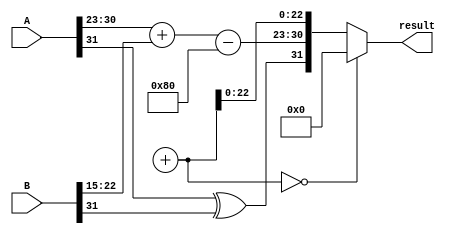
module FP_Wallace_Tree_Multiplier #(
    parameter EXPONENT_BITS = 8,
    parameter MANTISSA_BITS = 23,
    parameter TOTAL_BITS = 32
)(
    input [TOTAL_BITS-1:0] A, // First floating-point input
    input [TOTAL_BITS-1:0] B, // Second floating-point input
    output reg [TOTAL_BITS-1:0] result // Resulting floating-point output
);

    // Sign, exponent, and mantissa extraction
    wire sign_a = A[TOTAL_BITS-1];
    wire sign_b = B[TOTAL_BITS-1];

    wire [EXPONENT_BITS-1:0] exponent_a = A[TOTAL_BITS-2:TOTAL_BITS-1-EXPONENT_BITS];
    wire [EXPONENT_BITS-1:0] exponent_b = B[TOTAL_BITS-2-EXPONENT_BITS:TOTAL_BITS-1-2*EXPONENT_BITS];

    wire [MANTISSA_BITS:0] mantissa_a = {1'b1, A[MANTISSA_BITS-1:0]}; // Adding implicit leading 1
    wire [MANTISSA_BITS:0] mantissa_b = {1'b1, B[MANTISSA_BITS-1:0]}; // Adding implicit leading 1

    // Generate partial products using AND gates
    wire [MANTISSA_BITS:0] partial_products[MANTISSA_BITS:0];
    genvar i, j;
    generate
        for (i = 0; i <= MANTISSA_BITS; i = i + 1) begin: pp_gen
            for (j = 0; j <= MANTISSA_BITS; j = j + 1) begin: pp_inner
                assign partial_products[i][j] = mantissa_a[i] & mantissa_b[j];
            end
        end
    endgenerate

    // Wallace Tree Reduction
    // Simplified reduction logic (full adder and carry-save adder would be here)
    // This is a placeholder; a complete Wallace tree design would involve multiple levels of addition
    wire [2*MANTISSA_BITS:0] sum, carry;
    // NOTE: You need to implement the actual Wallace tree structure here
    // The reduction logic is complex and omitted for brevity.

    // Final addition of reduced mantissas
    wire [2*MANTISSA_BITS:0] mantissa_result;
    assign mantissa_result = sum + carry; // Placeholder operation

    // Exponent calculation
    wire [EXPONENT_BITS-1:0] exponent_result;
    assign exponent_result = exponent_a + exponent_b - (1 << (EXPONENT_BITS - 1)); // Adjust for bias

    // Sign calculation
    wire sign_result = sign_a ^ sign_b;

    // Normalization logic (simplified)
    // This should adjust the mantissa and exponent based on the resulting mantissa
    // Handle special cases (zero, overflow, etc.)

    // Final output assembly
    always @(*) begin
        if (mantissa_result == 0) begin
            result = 32'b0; // Handle zero case
        end else begin
            result = {sign_result, exponent_result, mantissa_result[MANTISSA_BITS-1:0]}; // Combine results
        end
    end
endmodule